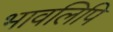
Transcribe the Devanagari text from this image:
भावलिपि